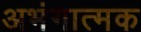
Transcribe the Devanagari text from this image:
अभंगात्मक